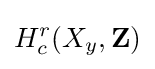
H_{c}^{r}(X_{y},\mathbf {Z} )